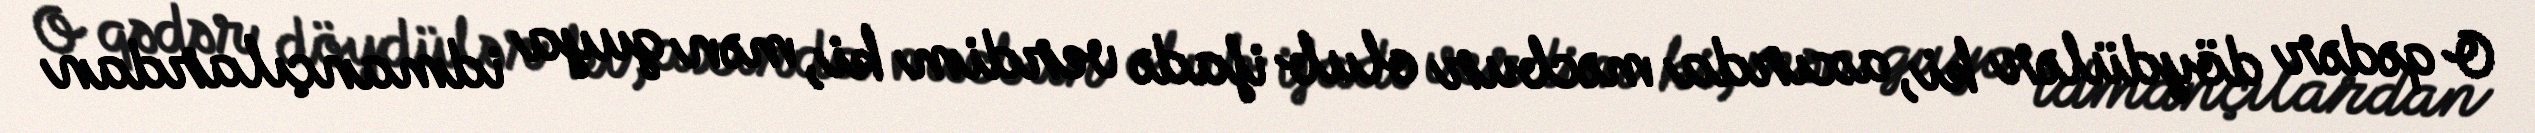
O qədər döydülər ki, axırda məcbur olub ifadə verdim ki, mən guya idmançılardan